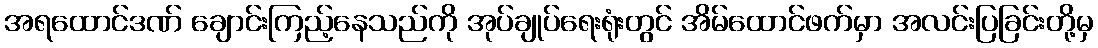
အရထောင်ဒဏ် ချောင်းကြည့်နေသည်ကို အုပ်ချုပ်ရေးရုံးတွင် အိမ်ထောင်ဖက်မှာ အလင်းပြခြင်းတို့မှ